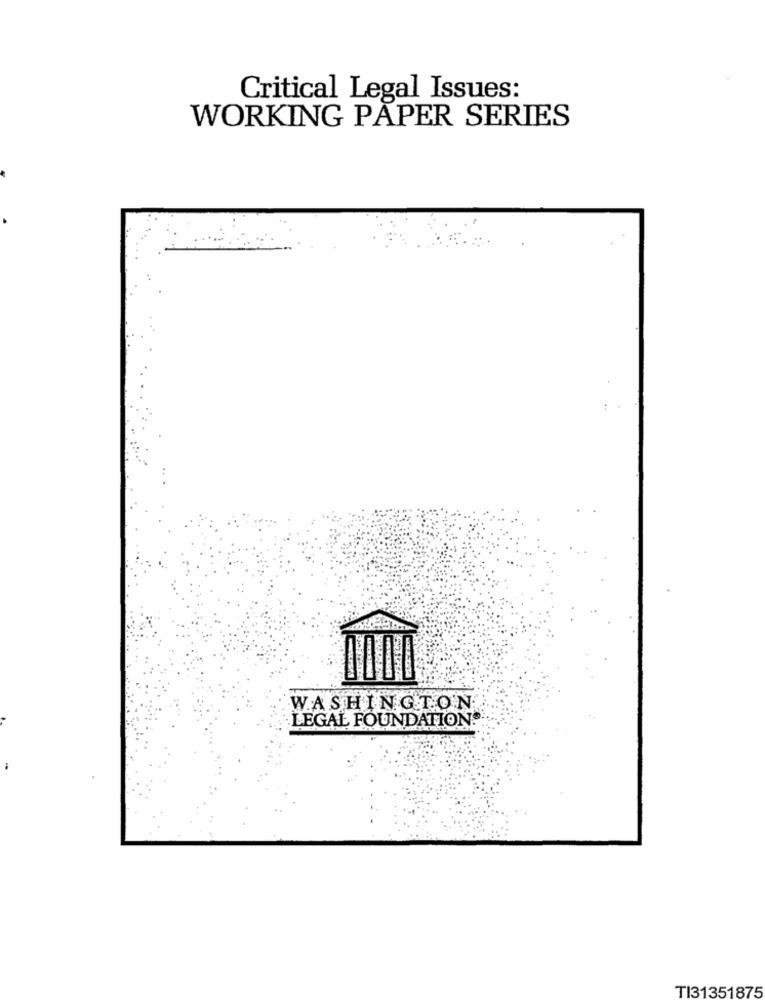
Critical Legal Issues:
WORKING PAPER SERIES
WASHINGTON
LEGAL FOUNDATION
TI31351875